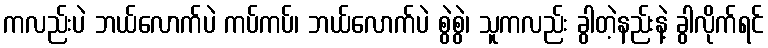
ကလည်းပဲ ဘယ်လောက်ပဲ ကပ်ကပ်၊ ဘယ်လောက်ပဲ စွဲစွဲ၊ သူကလည်း ခွါတဲ့နည်းနဲ့ ခွါလိုက်ရင်